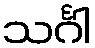
သင်္ဂါ